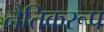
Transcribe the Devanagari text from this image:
नैतिकरूप